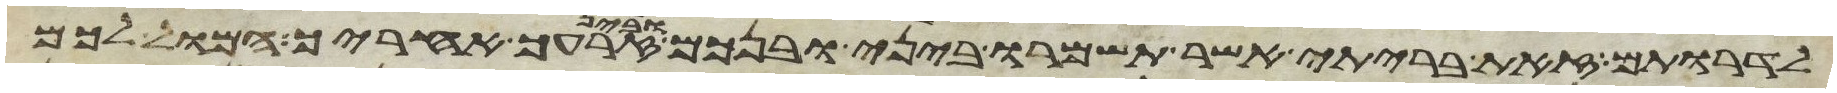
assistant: לדרותם זאת בריתי אשר תשמרו ביני ובינכם ובין זרעך אחריך המול לכם